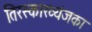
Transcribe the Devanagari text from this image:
तिरस्कारव्यंजका